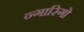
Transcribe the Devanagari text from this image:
न्गारिगो